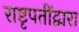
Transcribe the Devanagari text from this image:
राष्टृपतींद्वारा